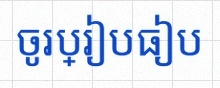
ចូរប្រៀបធៀប